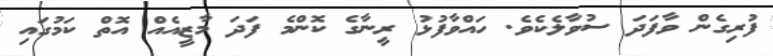
ފުރިގެން ވާފަދަ ސުވާލެކެވެ. ހައްވާފުޅު ރީނާގެ ކޮންމެ ފަދަ މާޒީއެއް އޮތް ކަމުގައި